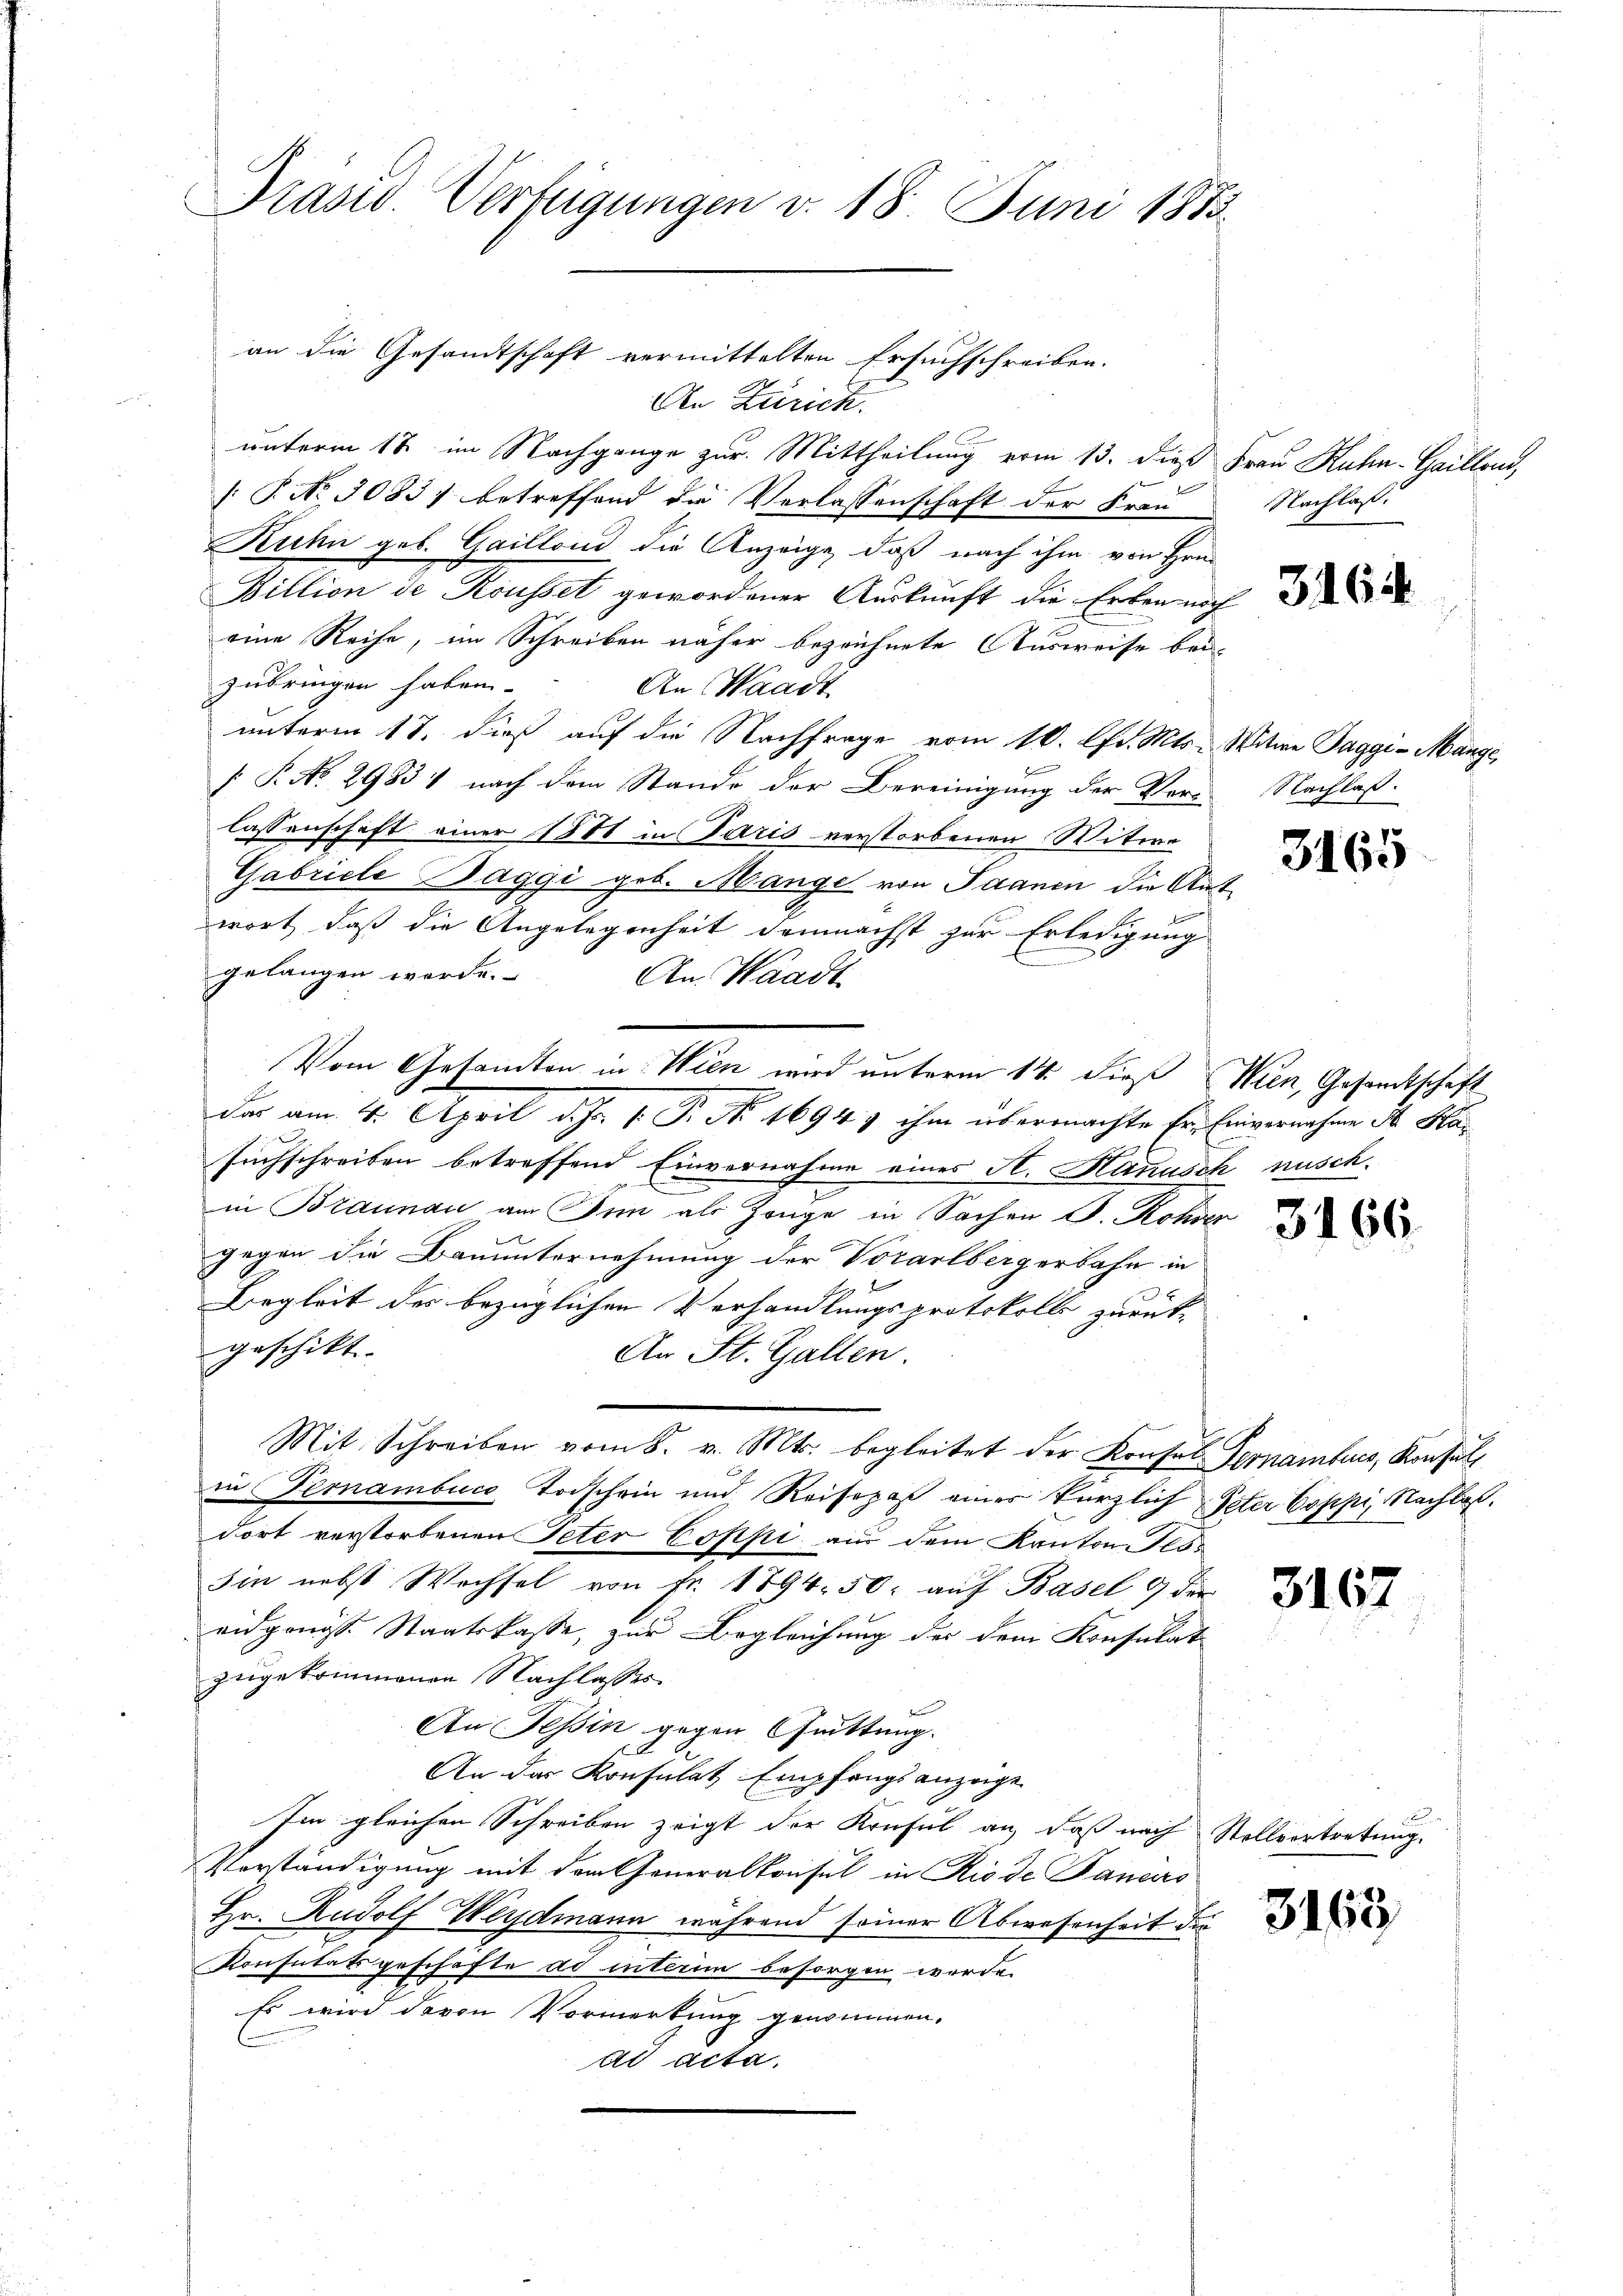
Präsid. Verfügungen v. 18. Juni 1883.

an die Gesandtschaft vermittelten Ersuchschreiben.
An Zürich.
unterm 18 im Nachgange zur Mittheilung vom 13. dieß Frau Kuhn-Gaillond,
[: P. No 3083) betreffend die Verlassenschaft der Frau Nachlassi
Ruhn geb. Gaillond die Anzeige, daß nach ihm von Hrn.
Billion de Kousset gewordener Auskunft die Erben noch
eine Reihe, im Schreiben näher bezeichnete Ausweise bei-
zubringen haben.
An Waadt
unterm 17. dieß auf die Nachfrage vom 10. Apr. Mts. Witwe Jaggi- Mange,
h
 P. No. 29834 nach dem Stande der Bereinigung der Vor-
lassenschaft einer 1881 in Paris verstorbenen Witwe
Gabrieli Baggi geb. Mange von Saanen die Antwort, daß die Angelegenheit demnächst zur Erledigung
gelangen werde.
An Waadt
Vom Gesandten in Wien wird unterm 14. dieß (Wien, Gesandtschaft
Das am 4. April d. Js. v. P. No. 1694 & ihm übermachte Er, Einvernahme der Kasuchschreiben betreffend Einvernahme eines H. Hanusch nusch.
in Braunau am Sinn als Zeuge in Sachen S. Kohver
gegen die Bauunternehmung der Vorarlbergerbahn in
Begleit des bezüglichen Verhandlungsprotokolls zurück-
geschikt.
An St. Gallen.
Mit Schreiben vom 8. v. Mts. begleitet der Konsal Pernamburg, Konsult
in Fernambucs Todschein und Reisepaß eines kürzlich Peter Coppi, Nachlaßdort verstorbenen Peter Coppi aus dem Kanton-Tes
Iin nebst Wechsel von Fr. 1894. 50; auf Basel 9 der
eidgenöss. Staatskasse, zur Begleichung des dem Konsulat
zugekommenen Nachlasses
e
An Tessin gegen Quittung.
An der Konsulat Empfangsanzeige
Im gleichen Schreiben zeigt der Konsul an, daß nach Stellvortretung.
Vorständigung mit dem Generalkonsul in Rio de Banders
Hr. Rudolf Weydmann während seiner Abwesenheit die
Konsulatsgeschäfte ad interim besorgen werde.
Es wird davon Vormerkung genommen.
ad acta.

3164

Nachlaß.

3165

3166.

3167

3163